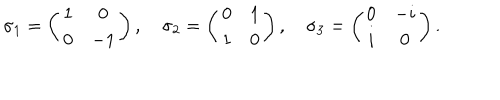
\sigma _ { 1 } = \left( \begin{matrix} { { 1 } } & { { 0 } } \\ { { 0 } } & { { - 1 } } \\ \end{matrix} \right) , \quad \sigma _ { 2 } = \left( \begin{matrix} { { 0 } } & { { 1 } } \\ { { 1 } } & { { 0 } } \\ \end{matrix} \right) , \quad \sigma _ { 3 } = \left( \begin{matrix} { { 0 } } & { { - i } } \\ { { i } } & { { 0 } } \\ \end{matrix} \right) .